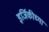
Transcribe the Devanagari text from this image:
इर्जिकीच्या